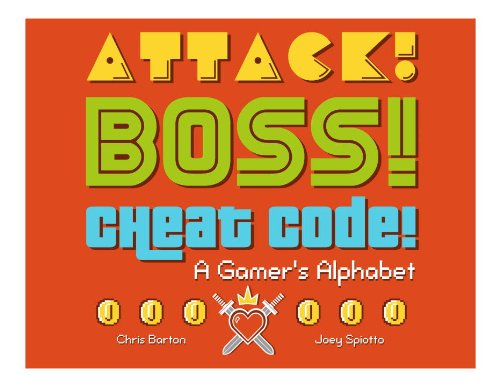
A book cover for Attack! Boss! Cheat Code!: A Gamer's Alphabet; Chris Barton; Children's Books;